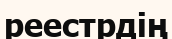
реестрдің